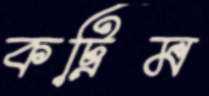
কট্রিম